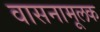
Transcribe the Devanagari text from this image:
वासनामूलक